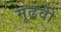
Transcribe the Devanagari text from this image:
मूढवी